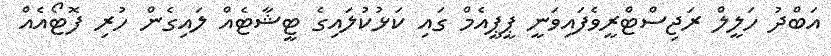
އަބްދު ހަލީލް ރަޖިސްޓްރީވެފައިވަނީ ޕީޕީއެމް ގައި ކަޅުކުލައިގެ ޓީޝާޓެއް ލައިގެން ހުރި ފޮޓޯއެއް